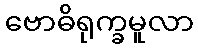
ဗောဓိရုက္ခမူလာ